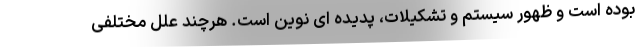
بوده است و ظهور سیستم و تشکیلات، پدیده ای نوین است. هرچند علل مختلفی